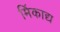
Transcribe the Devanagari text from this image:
मिंकाद्य